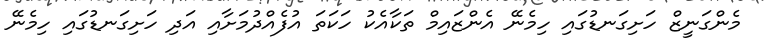
މެންގަނީޒް ހަށިގަނޑުގައި ހިމެނޭ އެންޒައިމް ތަކާއެކު ހަކަތަ އުފެއްދުމަށާއި އަދި ހަށިގަނޑުގައި ހިމެނޭ